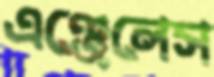
এঞ্জেলেস